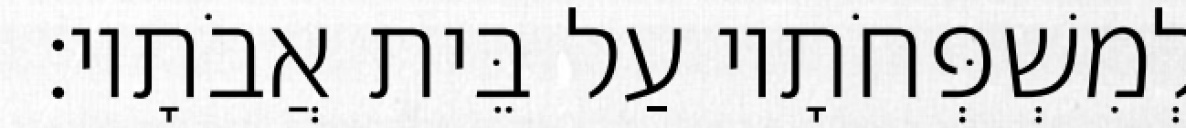
לְמִשְׁפְּחֹתָיו עַל בֵּית אֲבֹתָיו׃